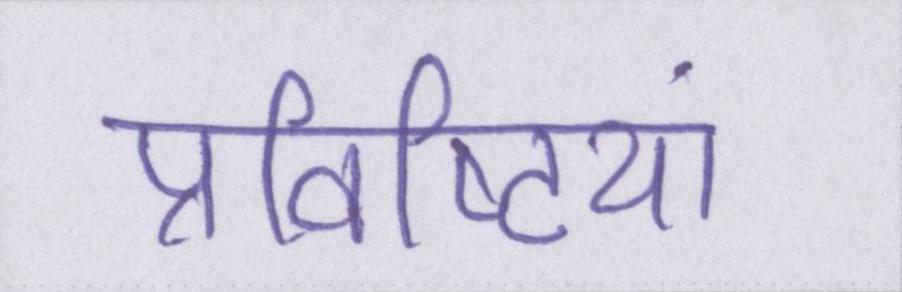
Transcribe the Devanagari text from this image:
प्रविष्टियां